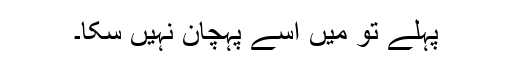
پہلے تو میں اسے پہچان نہیں سکا۔